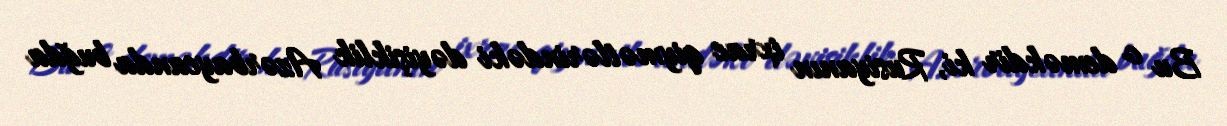
Bu o deməkdir ki, Rusiyanın ixrac qiymətlərindəki dəyişiklik Azərbaycanda buğda